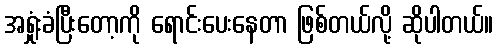
အရှုံးခံပြီးတော့ကို ရောင်းပေးနေတာ ဖြစ်တယ်လို့ ဆိုပါတယ်။